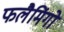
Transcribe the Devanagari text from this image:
फलैमिंगो